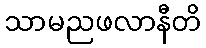
သာမညဖလာနီတိ